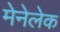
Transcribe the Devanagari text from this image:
मेनेलेक